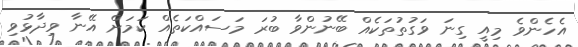
އެހެންވެ މިއީ ގިނަ ވަގުތުތަކެއް ބޭނުންވާ ބުރަ މަސައްކަތެއް ކަމަށް އޭނާ ވިދާޅުވި